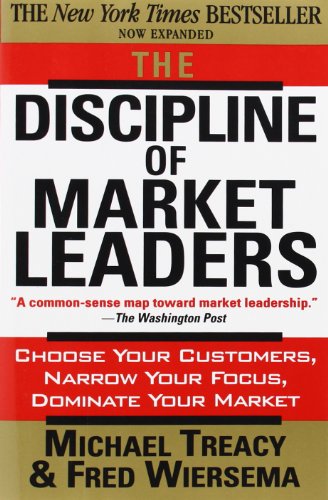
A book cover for The Discipline of Market Leaders: Choose Your Customers, Narrow Your Focus, Dominate Your Market; Michael Treacy; Business & Money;